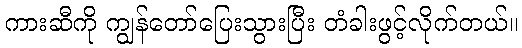
ကားဆီကို ကျွန်တော်ပြေးသွားပြီး တံခါးဖွင့်လိုက်တယ်။